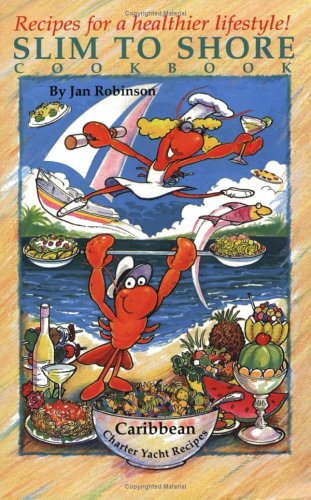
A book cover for Slim to Shore (Ships to shore cookbooks); Jan Robinson; Cookbooks, Food & Wine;